Vital statistics of India. Vol. VI, European troops 1870-79
Year: 1870
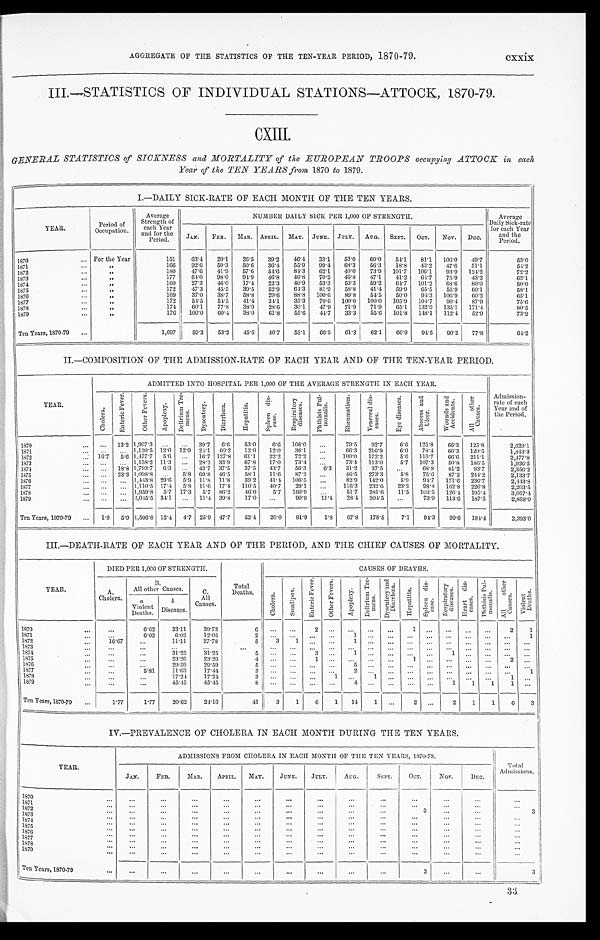
AGGREGATE OF THE STATISTICS OF THE TEN-YEAR PERIOD, 1870-79. cxxix
III.—STATISTICS OF INDIVIDUAL STATIONS-ATTOCK, 1870-79.
CXIII.
GENERAL STATISTICS of SICKNESS and MORTALITY of the EUROPEAN TROOPS occupying ATTOCK in each
Year of the TEN YEARS from 1870 to 1879.
I.-DAILY SICK-RATE OF EACH MONTH OF THE TEN YEARS.
YEAR.
Period of
Occupation.
Average
S t r e n g t h o f e a c h Y e a r
and for the
Period.
NUMBER DAILY SICK PER 1,000 PF STRENGTH.
Average
D a i l y S i c k - r a t e f o r e a c h Y e a r
and the
Period.
JAN. FEB. MAR. APRIL. MAY. JUNE. JULY. AUG. SEPT. OCT. NOV. DEC.
1870
For the Year
151 63.4 20.1 26.5 39.2 46.4 33.1 53.0 60.0 54.1 81.1 106.0 49.7
53. 0
1871
„
166 92.6 50.3 50.6 36.4 55.9 99.4 68.3 56.3 18.8 43.2 47.6 51.1
54. 2
1 8 7 2
„
180 47.6 41.9 57.6 54.6 84.3 62.1 40.0 73.9 101.7 106.1 93.9 124.2
72. 2
1873
„
177
6 4 . 0 98.0 94.9 46.8 46.8 70.2 46.8 47.1 41.2 64.7 75.9 43.2
62.1
1874
„
160 27.3 46.0 17.4 22.3 40.9 53.3 53.3 59.2 64.7 101.2 68.6 80.0
50. 0
1875
„
172 47.3 45.5 39.5 52.9 64.3 81.9 58.8 41.4 59.9 65.5 55.9 60.1
58.1
1876
„
169 37.0 38.7 58.8 29.6 88.8 100.0 89.8 54.5 50.0 94.3 106.9 60.2
65. 1
1877
„
172 54.5 54.5 41.4 34.1 35.3 70.6 100.0 100.0 105.9 104.7 90.4 87.9
75. 6
1878
„
174 60.1 77.8 38.9 28.6 30.1 47.9 71.9 71.9
6 5 . 1 132.9 135.1 171.4
80.5
1879
„
176 100.0 60.4 38.0 61.8 55.6 44.7 33.3
5 5 . 6
1 0 1 . 8
1 4 8 . 1 112.4 52.9
73. 9
Ten Years, 1870-79
1,697 59.2 53.2 45.6 40.7 55.1 66.5 61.3 62.1 66.9 94.5 90.2 77.8
64 2
II—COMPOSITION OF THE ADMISSION-RATE OF EACH YEAR AND OF THE TEN-YEAR PERIOD.
YEAR.
ADMITTED INTO HOSPITAL PER 1,000 OF THE AVERAGE STRENGTH IN EACH YEAR.
Admission- r a t e o f e a c h
Year and of
the Period.
C h o l e r a .
E n t e r i c F e v e r .
O t h e r F e v e r s .
A p o p l e x y . D e l i r i u m T r e - m e n s .
D y s e n t e r y . D i a r r h œ a .
H e p a t i t i s .
S p l e e n d i s - e a s e .
R e s p i r a t o r y d i s e a s e s .
P h t h i s i s P u l - m o n a l i s .
R h e u m a t i s m .
V e n e r e a l d i s - e a s e s .
E y ed
i s e a s e s .
A b s c e s s a n d U l c e r .
W o u n d s a n d A c c i d e n t s .
A l l o t h e r C a u s e s .
1870
13.2 1,907.3
39.7 6.6 53.0 6.6 106.0
79.5 92.7 6.6 125.8 66.3 125.8
2,629.1
1871
1,120.5 12.0 12.0 24.1 60.2 12.0 12.0 36.1
66.3 216.9 6.0 78.4 66.3 120.5
1, 843. 3
1872 16.7 5.6 1,477.7 5.6
16.7 127.8 61.1 22.2 72.2
100.0 172.2 5.6 116.7 66.6 211.1
2,477.8
1873
1,158.2 11.3
28.2 33.9 67.8 17.0 73.4
73.4 113.0 5.7 107.3 50.8 186.5
1, 926. 5
1874
18.8 1,793.7 6.3
43.7 37.5 37.5 43.7 56.3 6.3 31.2 37.5
68.8 81.2 93.7
2, 356. 2
1875
23.3 1,098.8
5.8 69.8 46.5 58.1 11.6 87.2
46.5 273.3 5.8 75.6 87.2 244.2
2, 133. 7
1876
1,443.829.6 5.9 11.8 11.8 59.2 41.4 106.5
82.9 142.0
5 . 9 9 4 . 7
1 7 1 . 6 236.7
2, 443. 8
1877
1,110.5 17.4 5.8 11.6 17.4 110.5 40.7
2 9 . 1
116.3
2 3 2 . 6
2 3 . 2
9 8 . 8 162.8 226.8
2, 203. 5
1878
1,959.8 5.7 17.3 5.7 86.2
46 . 0 5.7 160.9
51.7
2 8 1 . 6
11.5
1 0 3 . 5 126.4 195.4
3, 057. 4
1879
2,045.5 31.1
11.4 39.8 17.0
90.9 11.4 28.4 204.5
73.9 113.6 187.5
2, 858. 0
Ten Years, 1970-79
1.8 5.9 1,506.8 12.4 4.7 25.9 47.7 52.4 20.0 81.9 1.8 67.8 178.5 7.1 94.3 99.6 184.4
2, 393. 0
III.-DEATH-RATE OF EACH YEAR AND OF THE PERIOD, AND THE CHIEF CAUSES OF MORTALITY.
DIED PER 1,000 OF STRENGTH.
CAUSES OF DEATHS.
YEAR.
A .
Cholera.
B.
All other Causes.
C
All
Causes.
Total
Deaths.
C h o l e r a .
S m a l l p o x . E n t e r i c F e v e r .
O t h e r F e v e r s .
A p o p l e x y .
D e l i r i u m T r e - m e n s .
D y s e n t e r y a n d D i a r r h œ a . H e p a t i t i s .
S p l e e n d i s - e a s e .
R e s p i r a t o r y d i s e a s e s .
H e a r t d i s - e a s e s .
P h t h i s i s P u l - m o n a l i s .
A l l o t h e r C a u s e s .
V i o l e n t D e a t h s .
a V i o l e n t
Deaths.
b
Diseases.
1870
6.62 33.11 39.73
6
2
1
2
1
1871
6.02 6.02 12.05
2
1
1
1872
16.67
11.11 27.78
5 3 1
1
1 8 7 3
1874
31.25 3 1 . 2 5
5
3
1
1
1 8 7 5
23.26 23.26
4
1
1
2
1876
29.59 29.59
5
5
1877
5.81 11.63 17.44
3
2
1
1 8 7 8
17.24 17.24
3
1
1
1
1879
45.45 45.45
8
4
1 1 1 1
Ten Years, 1870-79
1.77
1.77 20.62 24.16
41 3 1 6 1 14 1
2
2 1 1
6 3
IV.—PREVALENCE OF CHOLERA IN EACH MONTH DURING THE TEN YEARS.
YEAR.
ADMISSIONS FROM CHOLERA IN EACH MONTH OF THE TEN YEARS, 1870-79.
Total
Admissions.
JAN. FEB.
MAR. APRIL. MAY. JUNE. JULY.
AUG.
SEPT. OCT. Nov. DEC.
1870 1871
1 8 7 2
3
3
1873 1874 1875 1876
1877
1878 1879
Ten Years, 1870-79
3
3
33